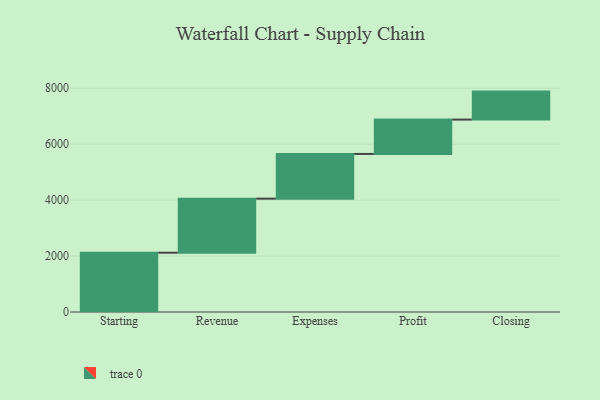
{"axis": {"x": "Step", "y": "Value"}, "legend": [""], "data": [{"x": "Starting", "y": 2120.0, "type": ""}, {"x": "Revenue", "y": 1933.0, "type": ""}, {"x": "Expenses", "y": 1599.0, "type": ""}, {"x": "Profit", "y": 1229.0, "type": ""}, {"x": "Closing", "y": 1000, "type": ""}]}